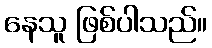
နေသူ ဖြစ်ပါသည်။